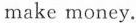
make money.